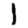
Digit: 1